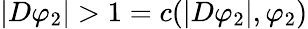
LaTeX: |D\varphi_{2}|>1=c(|D\varphi_{2}|,\varphi_{2})